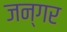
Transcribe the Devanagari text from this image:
जन्गर